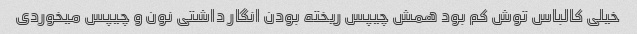
خیلی کالباس توش کم بود همش چیپس ریخته بودن انگار داشتی نون و چیپس میخوردی